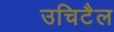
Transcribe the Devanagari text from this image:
उचिटैल